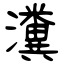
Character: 瀵